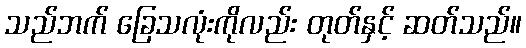
သည်ဘက် ခြေသလုံးကိုလည်း တုတ်နှင့် ဆတ်သည်။